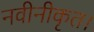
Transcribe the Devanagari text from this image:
नवीनीकृत।